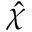
\hat { \chi }